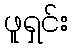
ဖူရှင်း